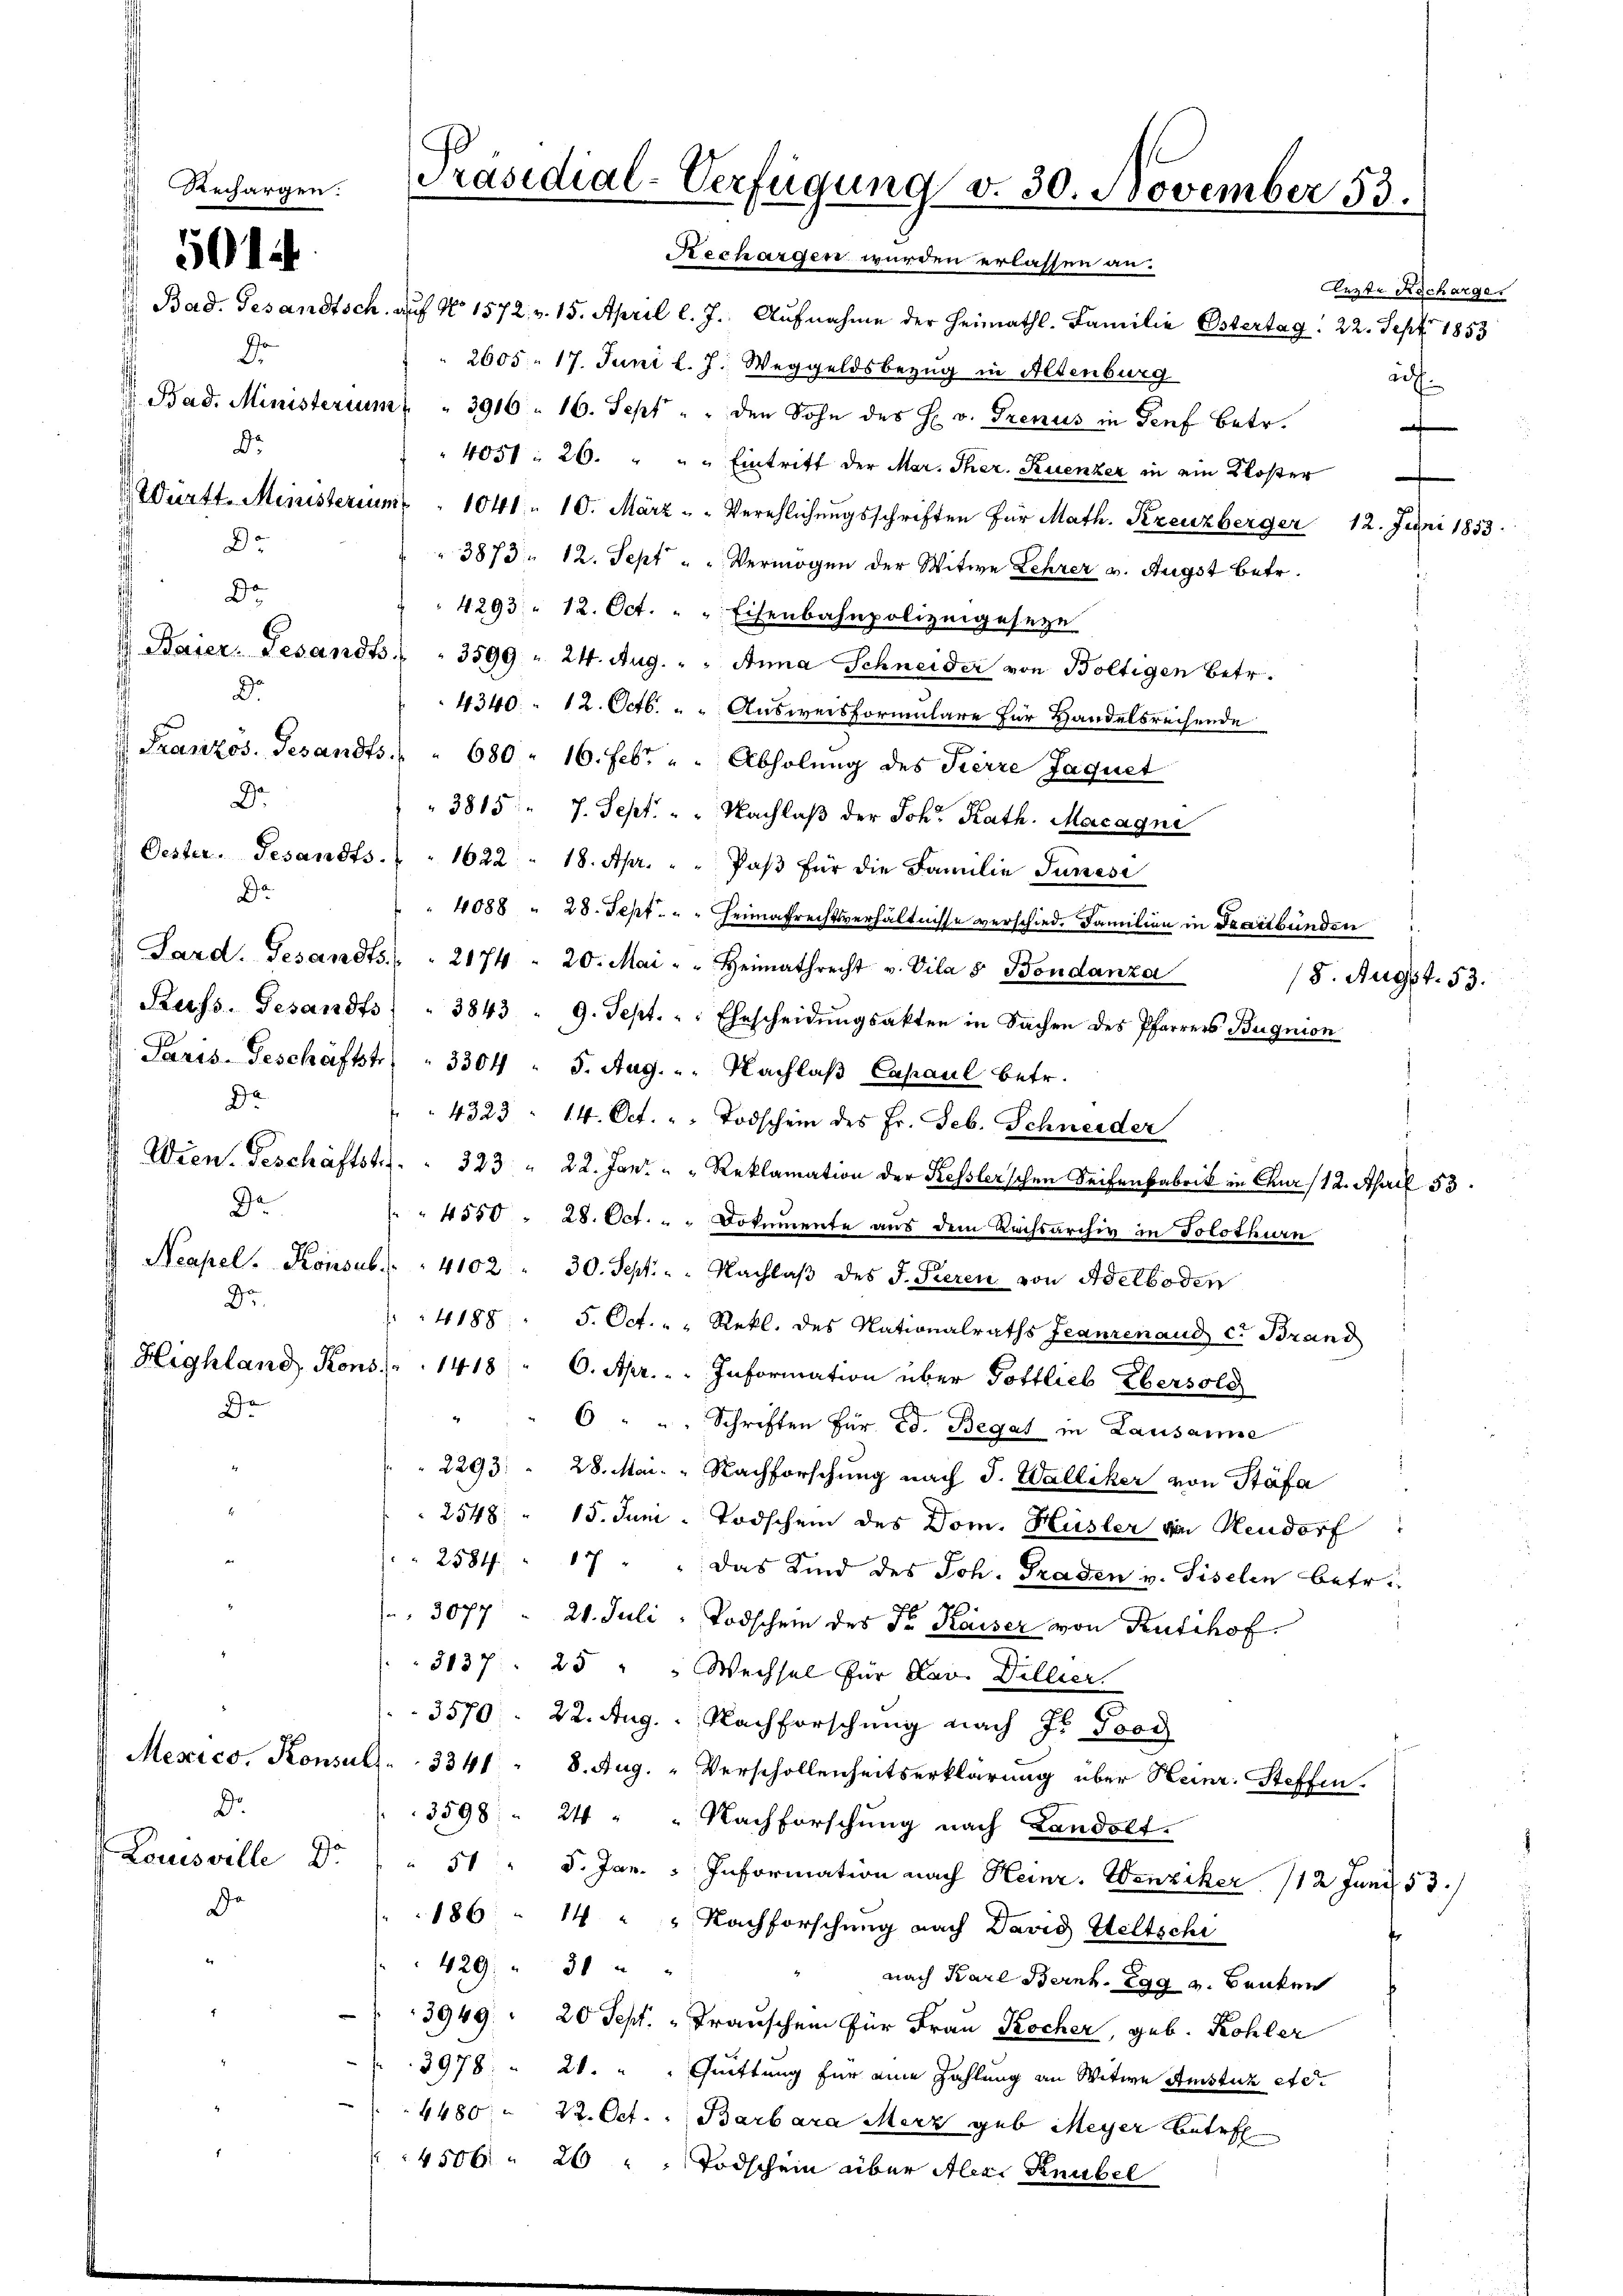
1

5014

d
Dr.
Dr

ge

De
D.
Dr.
Da
De
De
Dr.
De

Bad. Gesandtsch. auf No 1572. v. 15. April l. J. Aŭfnahme der Heimathl. Familie Ostertag. 22. Sept. 1853
2605. 17. Juni l. J. Weggeldsbezug in Altenburg
Bad. Ministerium " " 3916 - 16. Sept " " den Sohn des H. v. Grenus in Genf betr.
4031: 26. " " " Eintritt der Mar. Ther. Ruenzer in ein Kloster
 Württ. Ministerium. 1041 " 10. März u. Verehlichungsschriften für Math. Kreuzberger 12. Juni 1853.
3873. 12. Sept " " Vermögen der Witwe Lehrer v. Augst betr.
4293 - 12. Oct. " " Eisenbahnpolizeigeseze
 Baier. Gesandts " " 3599 " 24. Aug. " " Anna Schneider von Boltigen betr.
4340 " 12. Octb. Ausweisformulare für Handelsrechende
Französ. Gesandts " " 680 - 16. Febr. u. Abholung des Tierre Jaquet
3815. 7. Sept. " " Nachlaß der Joh. Kath. Macagni
Oester. Gesandts. " " 1622 - 18. Apr. " " Paβ für die Familie Junesi
4088 " 28. Sept. " " Heimafrechtsverhältnisse verschied. Familien in Sanitbunden
Pard. Gesandts " " 2174. 20. Mai " " Heimathrecht v. Vila 8 Bondanza
8. Augst. 53.
Kuss. Gesandts " " 3843 " 9. Sept. " " Ehescheidŭngsakten in Sachen des Pfarrers Bugnion
Paris-Geschäftstr " 3304 - 5. Aug. - Nachlaβ Capaul betr.
4323 - 14. Oct. " Todschein des Fr. Feb. Schneider
u Wien. Geschäftstr. . 323 " 22. Jan. " " Reklamation der Kesslerschen Seifenfabrik in Chur /12. April 53.
4550. 28. Oct. " " Dokumente aus dem Rachsarchiv in Solothurn
 Neapel. Konsub. " " 4102 " 30. Sept. - Nachlaβ des J. Pieren von Adelboden
4188. 5. Oct. " " Rekl. des Nationalraths Jeanzenaud c. Brand
Highland Kons. 1418 " 6. Apr. . . Information über Pottlieb Ebersold
6 " " " Schriften für Ed. Begal in Lausanne
2293. 28. Mai. " Nachforschung nach J. Walliker von Stäfa
2548 " 15. Juni. Todschein des Dom. Hüsler von Neudorf
 2584. " 17 " " das Kind des Joh. Graden v. Giselin betr.
o
 3077 " 24. Juli: Todschein des Fr. Kaiser von Rütihof
3137. 25 " " Wechsel für Lav. Dillier
3570. 22. Aug. - Nachforschung nach Is Ford
Mexico, Konsul . . 3341 " 8. Aug. " Verschollenheitserklärung über Heinr. Steffen.
3598. 24 " " Nachforschung nach Landolf.
51 " 5. Jan.  Information nach Heinr. Wenziker 112 Juni 53.
186 " 14 " " Nachforschung nach David Seltschi
429, 30 x
nach Karl Bernt. Egg v. Banken
3949: " 20 Sept. „Frauschen für Frau Kocher, geb. Kohler
3978 " 21. " " Quittung für eine Zahlung an Witwe Amstuck etc.
4480. 22. Oct. Barbara Merz geb. Meyer betref
4506. 20 " " Todschein über Alexi Knabel

Dr.
Louisville Dr.

Präsidial-Verfügung v. 30. November 53.
Rechargen wurden erlassen an.

Lezte Recharge
auf.

a